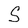
Character: S